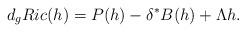
LaTeX: \begin{align*}d_{g}Ric(h)& =P(h)-\delta^{\ast}B(h)+\Lambda h.\end{align*}